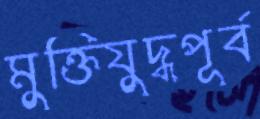
মুক্তিযুদ্ধপূর্ব